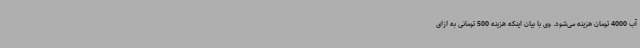
آب 4000 تومان هزینه می‌شود. وی با بیان اینکه هزینه 500 تومانی به ازای